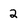
Character: 2